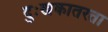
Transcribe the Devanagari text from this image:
दुःखकातरता